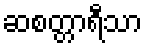
ဆစတ္တာရီသာ